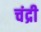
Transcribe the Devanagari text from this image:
चंद्री